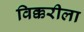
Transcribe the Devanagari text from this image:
विक्करीला